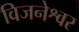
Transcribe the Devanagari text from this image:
विजनेश्वर